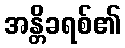
အန္တိခရစ်၏